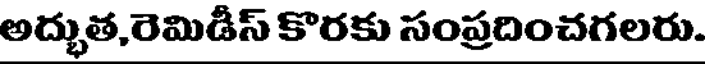
అద్భుత,రెమిడీస్ కొరకు సంప్రదించగలరు.